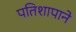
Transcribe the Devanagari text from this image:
पतिशापाने